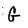
Character: G